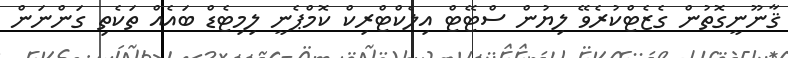
ޤާނޫނީގޮތުން ގެޒެޓްކުރެވޭ ލިޔުން ސްޓޭޓް އިލެކްޓްރިކް ކޮމްޕެނީ ލިމިޓެޑް ބައެއް ތަކެތި ގަންނަން